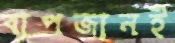
বাপজানই